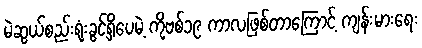
မဲဆွယ်စည်းရုံးခွင့်ရှိပေမဲ့ ကိုဗစ်၁၉ ကာလဖြစ်တာကြောင့် ကျန်းမားရေး